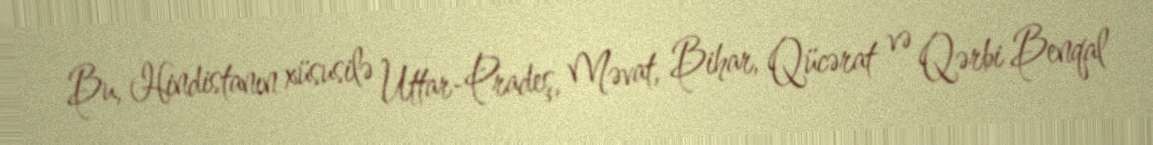
Bu, Hindistanın xüsusilə Uttar-Pradeş, Məvat, Bihar, Qücərat və Qərbi Benqal